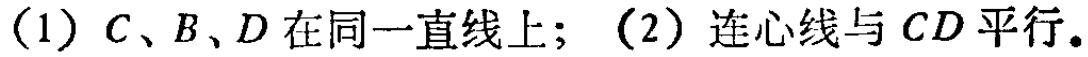
（1）$C、B、D$在同一直线上；（2）连心线与$CD$平行。